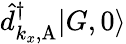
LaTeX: \hat{d}_{k_{x},\mathrm{A}}^{\dagger}|G,0\rangle